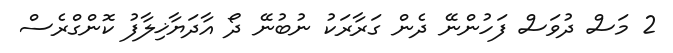
2 މަސް ދުވަސް ފަހުންނޭ ދެން ގަރާރަކު ނުބުނޭ ދޯ އާދަޔާޚިލާފު ކޮންގްރެސް